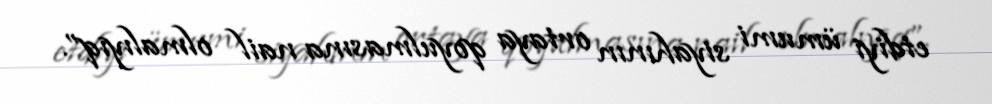
etdiyi ümumi siyahının ortaya qoyulmasına nail olmalıyıq”.